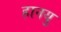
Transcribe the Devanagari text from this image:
हानयु